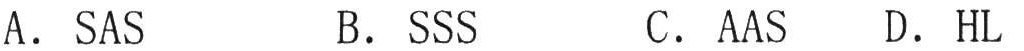
A. \(SAS\)  B. \(SSS\)  C. \(AAS\)  D. \(HL\)